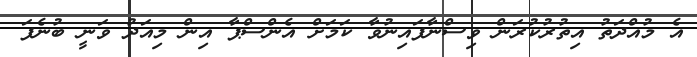
އެ މުއްދަތު އިތުރުކުރަން ވިސްނާފައިނުވާ ކަމަށް އެންސްޕާ އިން މިއަދު ވަނީ ބުނެފަ